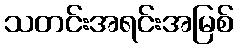
သတင်းအရင်းအမြစ်